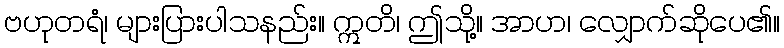
ဗဟုတရံ၊ များပြားပါသနည်း။ ဣတိ၊ ဤသို့။ အာဟ၊ လျှောက်ဆိုပေ၏။